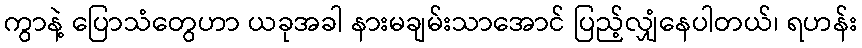
ကွာနဲ့ ပြောသံတွေဟာ ယခုအခါ နားမချမ်းသာအောင် ပြည့်လျှံနေပါတယ်၊ ရဟန်း